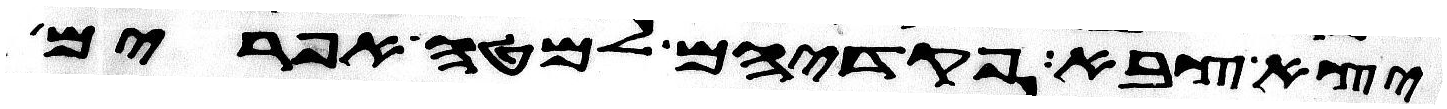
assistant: יצא צבא פקדיהם למטה אפרים